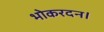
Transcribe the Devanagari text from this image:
भोकरदन।